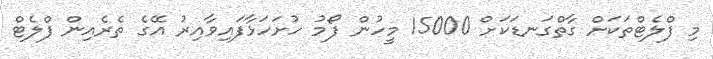
މި ފްލެޓްތަަކަށް ގާތްގަނޑަކަށް 15000 މީހުން ފޯމު ހުށަހަޅާފައިވާއިރު އޭގެ ތެރެއިން ފްލެޓް